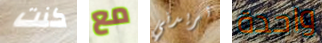
كنت مع تريدني واحدة